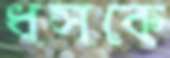
ধসকে